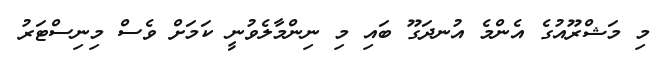
މި މަޝްރޫއުގެ އެންމެ އުނދަގޫ ބައި މި ނިންމާލެވުނީ ކަމަށް ވެސް މިނިސްޓަރު